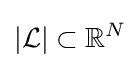
|{\mathcal {L}}|\subset \mathbb {R} ^{N}